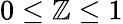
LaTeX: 0\le\mathbb{Z}\le1